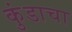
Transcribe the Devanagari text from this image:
कुंडाचा